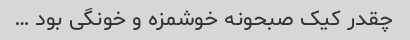
چقدر کیک صبحونه خوشمزه و خونگی بود …